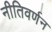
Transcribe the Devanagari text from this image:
नीतिवर्णन